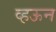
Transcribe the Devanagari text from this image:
व्हऊन